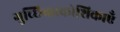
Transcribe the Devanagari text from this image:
गुच्छिकाकोशिकाएँ